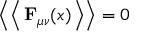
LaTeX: \left\langle \left< \, \mathbf { F } _ { \mu \nu } ( x ) \, \right> \right\rangle = 0